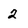
Character: 2